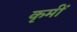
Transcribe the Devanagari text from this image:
कृमीं